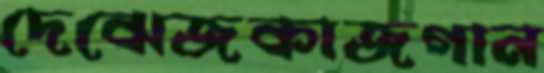
দেঝেজকাজগান